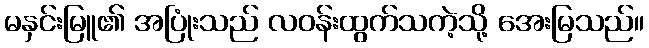
မနှင်းမြူ၏ အပြုံးသည် လဝန်းထွက်သကဲ့သို့ အေးမြသည်။